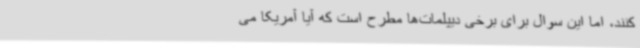
کنند، اما این سوال برای برخی دیپلمات‌ها مطرح است که آیا آمریکا می